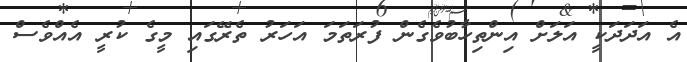
އެ އަދަދަކީ އަލަށް އިންތިހާބުވެގެން ފުރަތަމަ އަހަރު ތެރޭގައި މީގެ ކުރީ އެއްވެސް